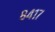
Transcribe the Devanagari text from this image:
८४१७